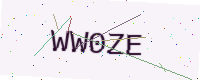
Text: WW0ZE